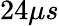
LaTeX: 24\mu s